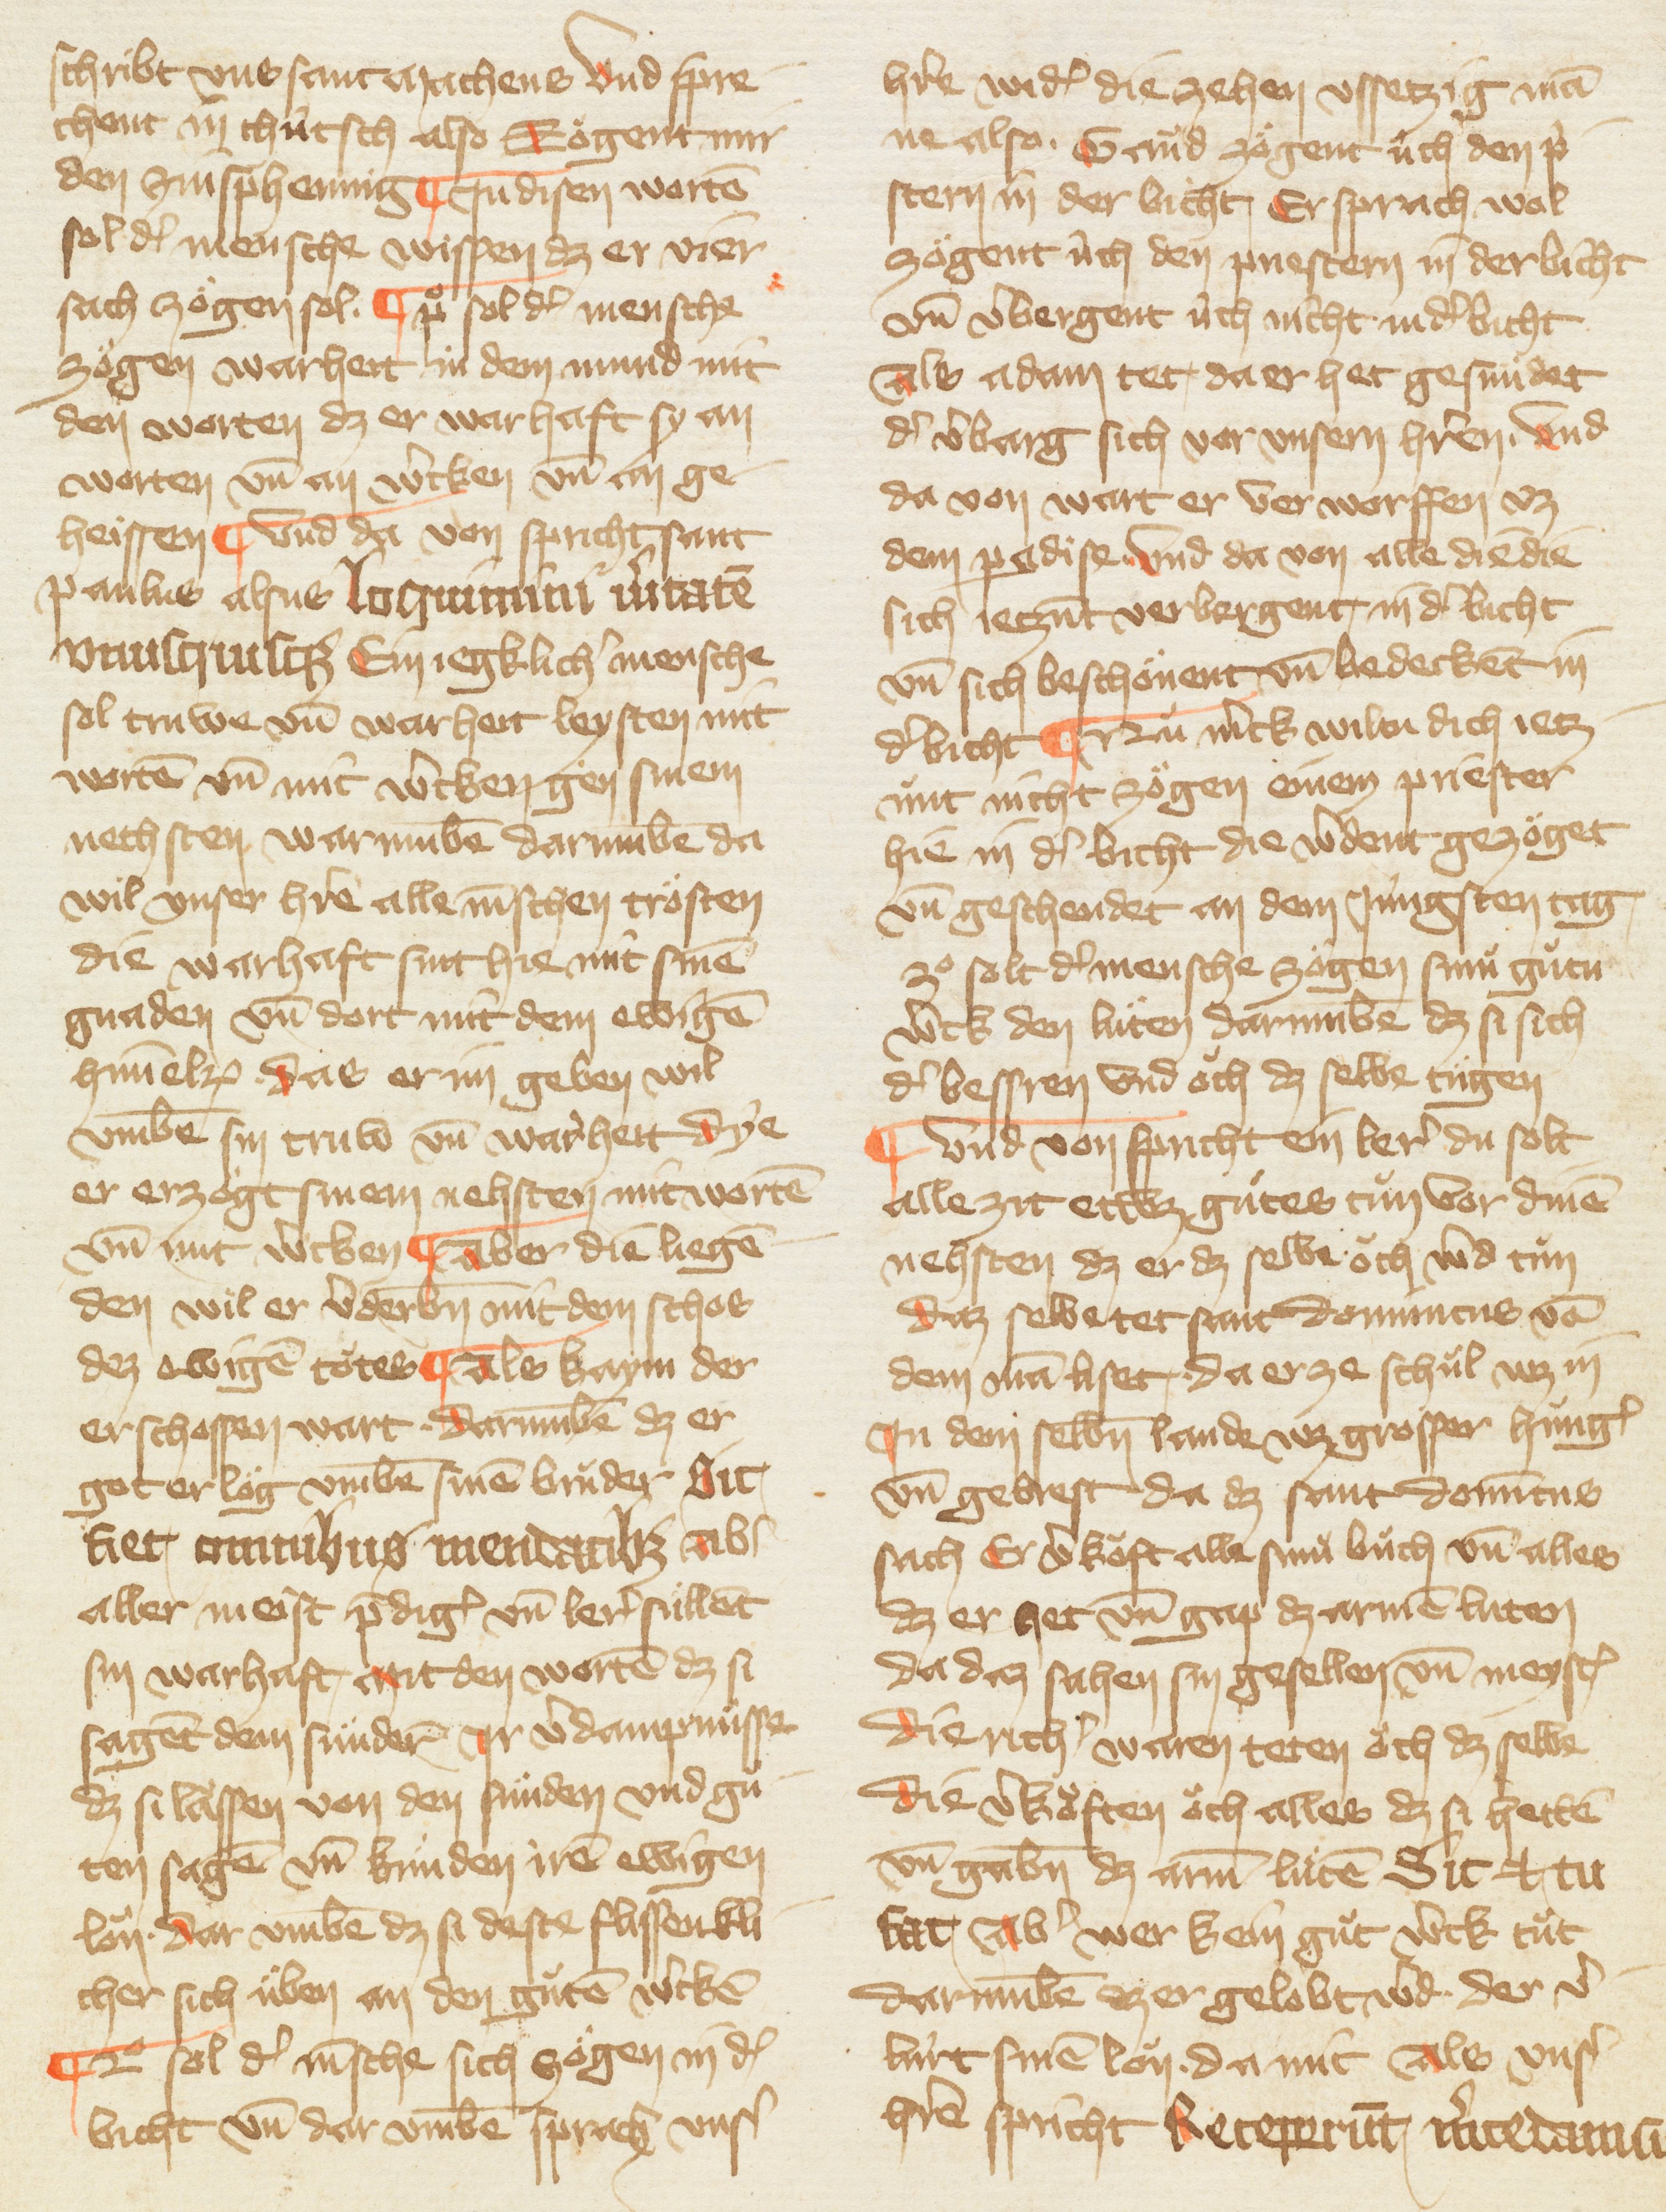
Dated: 1385–1415